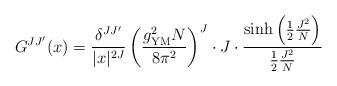
LaTeX: \begin{align*}G^{JJ'}(x)= \frac{\delta^{JJ'}}{|x|^{2J}}\left(\frac{g_{{\rm YM}}^2N}{8\pi^2}\right)^J \cdot J\cdot \frac{\sinh\left( \frac{1}{2}\frac{J^2}{N}\right) }{ \frac{1}{2}\frac{J^2}{N} }\end{align*}